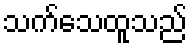
သက်သေထူသည်